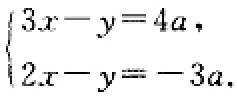
$\begin{cases}3x - y = 4a,\\2x - y = - 3a.\end{cases}$